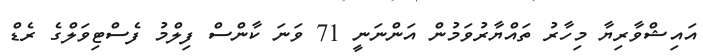
އައިޝްވާރިޔާ މިހާރު ތައްޔާރުވަމުން އަންނަނީ 71 ވަނަ ކާންސް ފިލްމު ފެސްޓިވަލްގެ ރެޑް